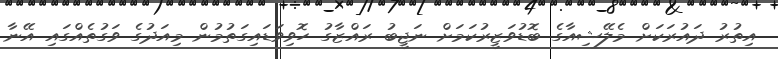
އިތުރު ދައުރަކަށް މެލޭޝިއާގެ ބޮޑުވަޒީރުކަމަށް ނަޖީބު ރައްޒާގު ހޮވިވަޑައިގަތުމުން މިއަދުގެ ވަގުތެއްގައި އޭނާ